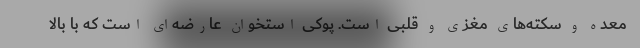
معده و سکته‌های مغزی و قلبی است. پوکی استخوان عارضه‌ای است که با بالا